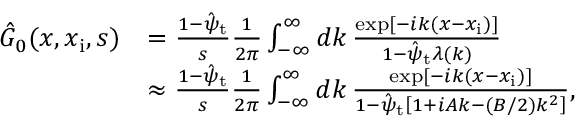
\begin{array} { r l } { \hat { G } _ { 0 } ( x , x _ { \mathrm { i } } , s ) } & { = \frac { 1 - \hat { \psi } _ { \mathrm { t } } } { s } \frac { 1 } { 2 \pi } \int _ { - \infty } ^ { \infty } d k \, \frac { \exp [ - i k ( x - x _ { \mathrm { i } } ) ] } { 1 - \hat { \psi } _ { \mathrm { t } } \lambda ( k ) } } \\ & { \approx \frac { 1 - \hat { \psi } _ { \mathrm { t } } } { s } \frac { 1 } { 2 \pi } \int _ { - \infty } ^ { \infty } d k \, \frac { \exp [ - i k ( x - x _ { \mathrm { i } } ) ] } { 1 - \hat { \psi } _ { \mathrm { t } } \left[ 1 + i A k - ( B / 2 ) k ^ { 2 } \right] } , } \end{array}